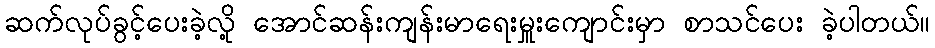
ဆက်လုပ်ခွင့်ပေးခဲ့လို့ အောင်ဆန်းကျန်းမာရေးမှူးကျောင်းမှာ စာသင်ပေး ခဲ့ပါတယ်။